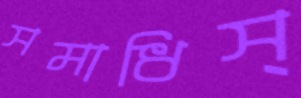
সমাধিস্